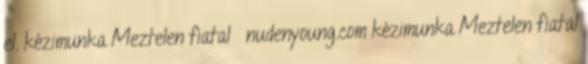
el. kézimunka Meztelen fiatal nudenyoung.com kézimunka Meztelen fiatal